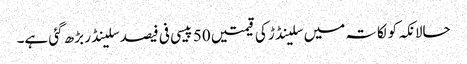
حالانکہ کولکاتہ میں سلینڈڑ کی قیمتیں 50 پیسی فی فیصد سلینڈر بڑھ گئی ہے۔